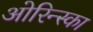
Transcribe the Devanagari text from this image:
ओरिन्स्का